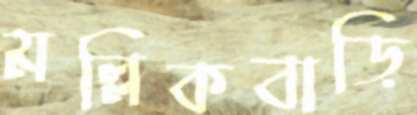
মল্লিকবাড়ি